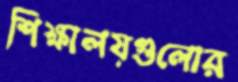
শিক্ষালয়গুলোর